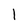
Character: l